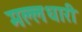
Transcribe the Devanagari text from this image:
मल्लधारी